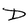
Character: D